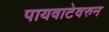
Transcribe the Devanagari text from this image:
पायवाटेवरुन